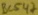
Text: BC547